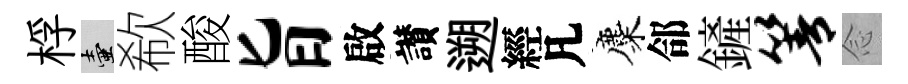
桴壺欷酸旨啟讃遡經凡麋郃鏟箐𫝹